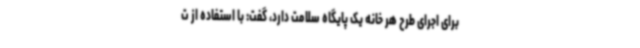
برای اجرای طرح هر خانه یک پایگاه سلامت دارد، گفت: با استفاده از ت